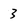
Character: 3